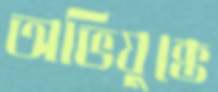
অভিযুক্তে